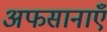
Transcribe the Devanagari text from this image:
अफसानाएँ